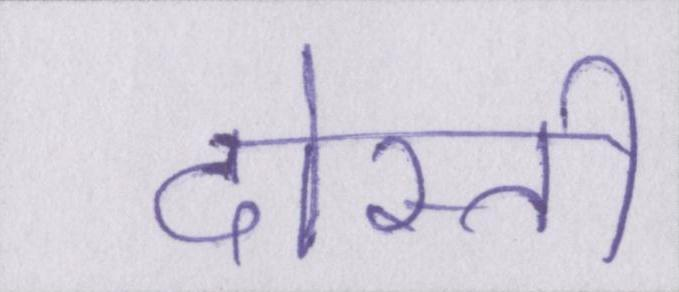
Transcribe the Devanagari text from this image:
दोस्ती